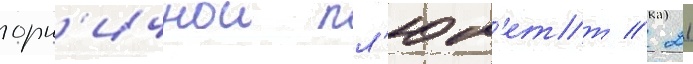
горн'ичнои пл'юм'етт // 21